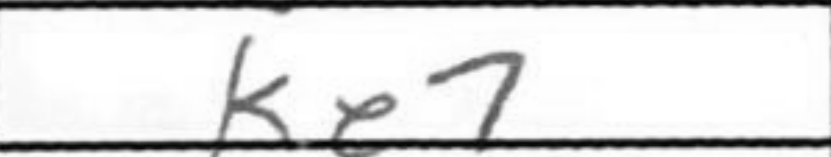
Transcription: Ke7